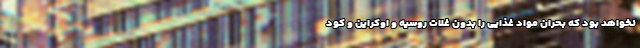
نخواهد بود که بحران مواد غذایی را بدون غلات روسیه و اوکراین و کود